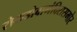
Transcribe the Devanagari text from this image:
रोकडोबामंदिरासमोर